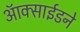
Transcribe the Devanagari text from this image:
ऑक्साईडने